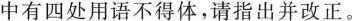
中有四处用语不得体，请指出并改正。